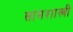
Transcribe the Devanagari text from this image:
सामशास्त्री